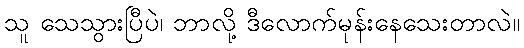
သူ သေသွားပြီပဲ၊ ဘာလို့ ဒီလောက်မုန်းနေသေးတာလဲ။